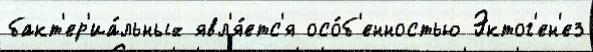
бакт'ер'иа́льных явл'я́етс'я осо́б'енностью Эктог'ен'ез